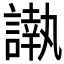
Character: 𮘰